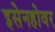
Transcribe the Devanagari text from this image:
इसेनहोवर